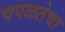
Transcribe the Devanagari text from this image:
चपळतेचा